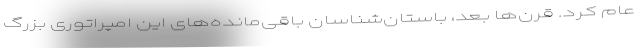
عام کرد. قرن‌ها بعد، باستان‌شناسان باقی‌مانده‌های این امپراتوری بزرگ